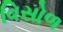
વિસોળ